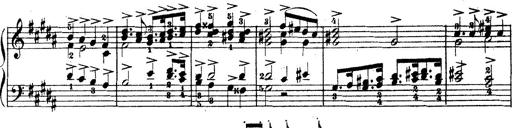
Title: Wagner-Liszt Album
Composer: Franz Liszt